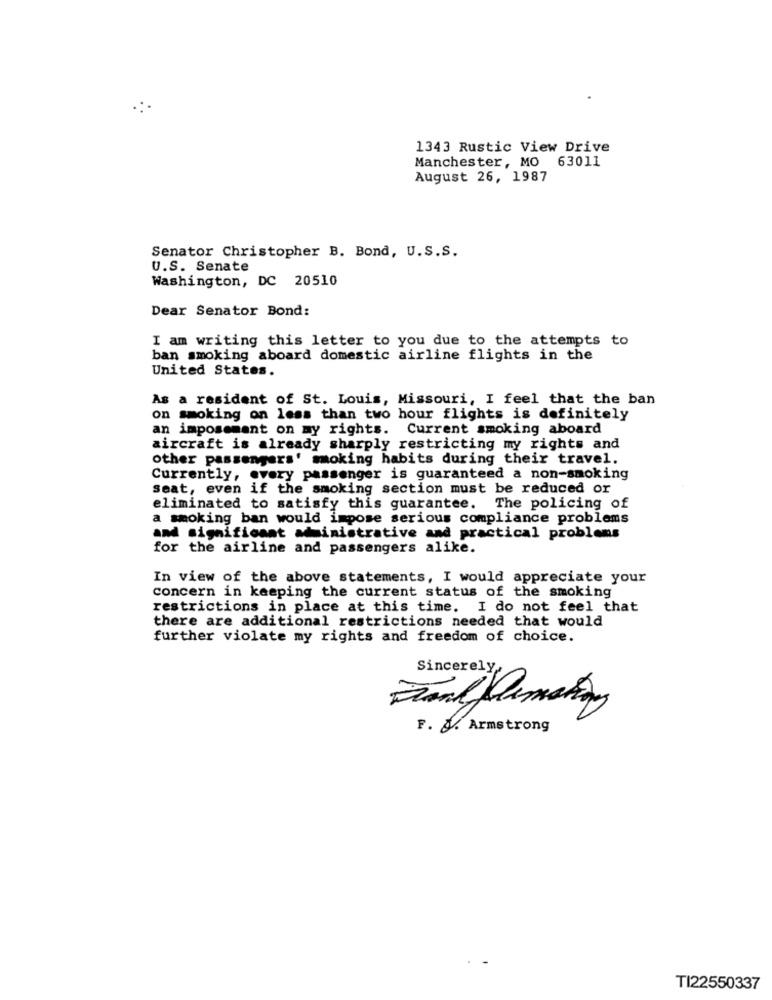
1343 Rustic View Drive
Manchester, MO 63011
August 26, 1987
Senator Christopher B. Bond, U.S.S.
U.S. Senate
Washington, DC 20510
Dear Senator Bond:
I am writing this letter to you due to the attempts to
ban smoking aboard domestic airline flights in the
United States.
As a resident of St. Louis, Missouri, I feel that the ban
on smoking on less than two hour flights is definitely
an imposemant on my rights. Current smoking aboard
aircraft is already sharply restricting my rights and
Other passengers' moking habits during their travel.
Currently, every passenger is guaranteed a non-smoking
Seat, even if the smoking section must be reduced or
eliminated to satisfy this guarantee. The policing of
a smoking ban would impose serious compliance problems
and significant administrative and practical problems
for the airline and passengers alike.
In view of the above statements, I would appreciate your
concern in keeping the current status of the smoking
restrictions in place at this time. I do not feel that
there are additional restrictions needed that would
further violate my rights and freedom of choice.
Sincerely
F. J. Armstrong
TI22550337